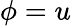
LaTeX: \phi=u